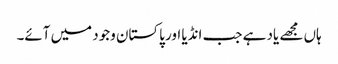
ہاں مجھے یاد ہے جب انڈیا اور پاکستان وجود میں آئے۔